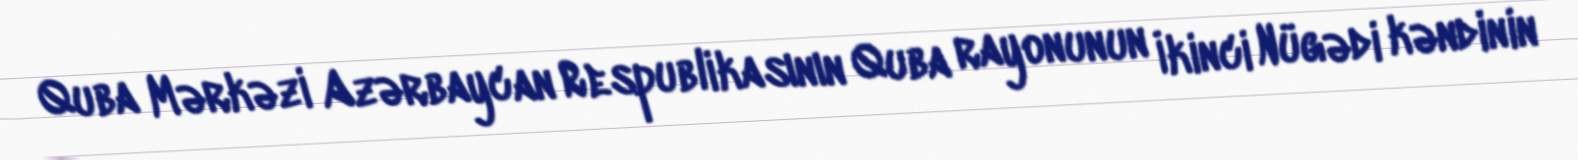
Quba Mərkəzi Azərbaycan Respublikasının Quba rayonunun İkinci Nügədi kəndinin